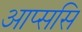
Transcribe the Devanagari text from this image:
आप्ससि